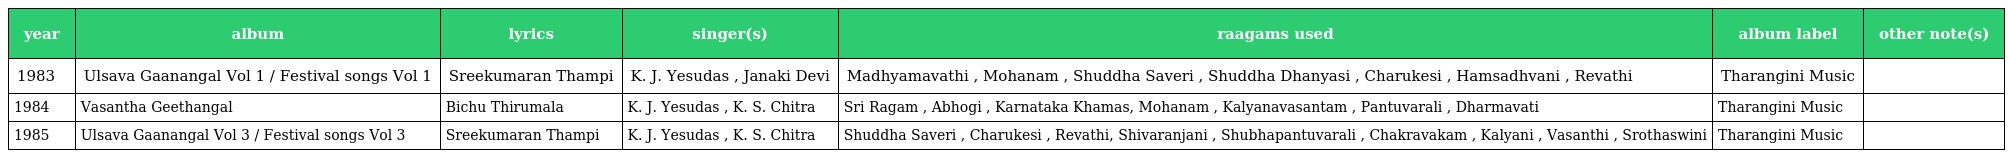
| year | album | lyrics | singer(s) | raagams used | album label | other note(s) |
 | --- | --- | --- | --- | --- | --- | --- |
 | 1983 | Ulsava Gaanangal Vol 1 / Festival songs Vol 1 | Sreekumaran Thampi | K. J. Yesudas , Janaki Devi | Madhyamavathi , Mohanam , Shuddha Saveri , Shuddha Dhanyasi , Charukesi , Hamsadhvani , Revathi | Tharangini Music |  |
 | 1984 | Vasantha Geethangal | Bichu Thirumala | K. J. Yesudas , K. S. Chitra | Sri Ragam , Abhogi , Karnataka Khamas, Mohanam , Kalyanavasantam , Pantuvarali , Dharmavati | Tharangini Music |  |
 | 1985 | Ulsava Gaanangal Vol 3 / Festival songs Vol 3 | Sreekumaran Thampi | K. J. Yesudas , K. S. Chitra | Shuddha Saveri , Charukesi , Revathi, Shivaranjani , Shubhapantuvarali , Chakravakam , Kalyani , Vasanthi , Srothaswini | Tharangini Music |  |